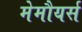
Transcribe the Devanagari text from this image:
मेमौयर्स